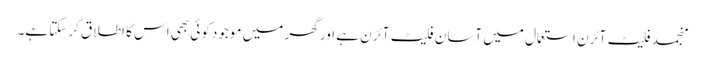
منجمد فلیٹ آئرن استعمال میں آسان فلیٹ آئرن ہے اور گھر میں موجود کوئی بھی اس کا اطلاق کرسکتا ہے۔